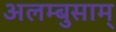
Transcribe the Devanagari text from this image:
अलम्बुसाम्